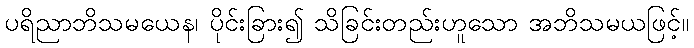
ပရိညာဘိသမယေန၊ ပိုင်းခြား၍ သိခြင်းတည်းဟူသော အဘိသမယဖြင့်။